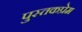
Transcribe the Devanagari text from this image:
पुस्तकप्रेम